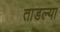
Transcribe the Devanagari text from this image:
ताडल्या